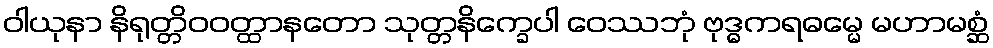
ဝါယုနာ နိရုတ္တိဝဝတ္ထာနတော သုတ္တနိက္ခေပါ ဝေဿဘုံ ဗုဒ္ဓကရဓမ္မေ မဟာမစ္ဆံ